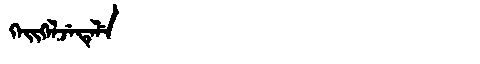
Manchu: ᡴᡝᡳᡴᡝᠯᠵᡝᡨᡝᠯᡝ
Romanization: KEIKELJETELE